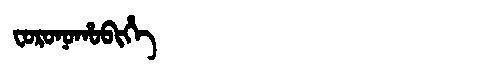
Manchu: ᠸᠣᡵᠣᠨᠣᡥᠣᠪᡳᡥᡝ
Romanization: FORONOHOBIHE